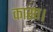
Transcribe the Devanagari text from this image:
कासा।